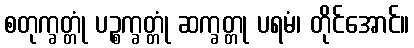
စတုက္ခတ္တုံ ပဉ္စက္ခတ္တုံ ဆက္ခတ္တု ပရမံ၊ တိုင်အောင်။